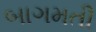
બાગમતી